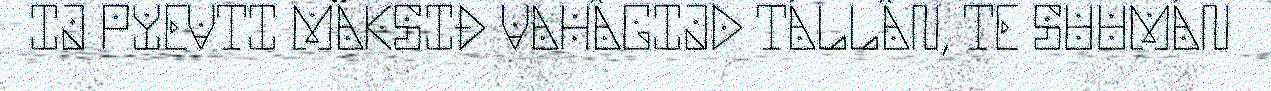
IJ PYEVTI MÄKSIĐ VAHÂGIJD TÁLLÂN, TE SUUMÁN